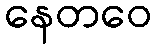
နေတဝေ